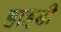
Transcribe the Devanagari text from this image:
हाइडी